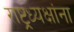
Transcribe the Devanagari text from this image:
राष्ट्रध्यक्षांना